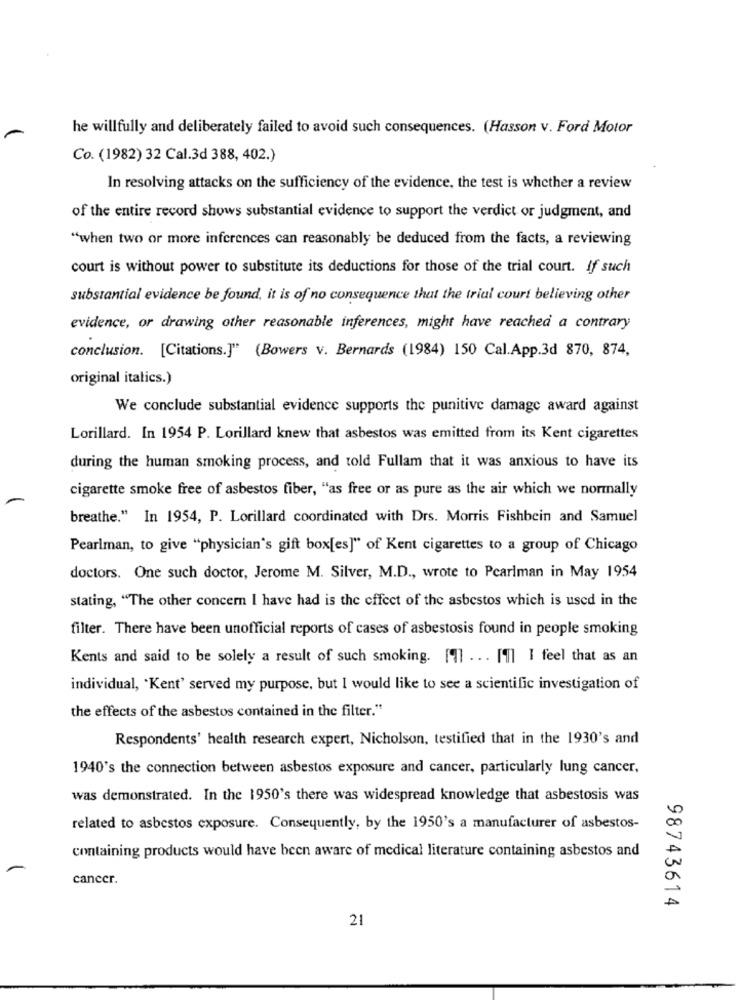
he willfully and deliberately failed to avoid such consequences. (Hasson v. Ford Motor
Co. (1982) 32 Cal.3d 388, 402.)
In resolving attacks on the sufficiency of the evidence, the test is whether a review
of the entire record shows substantial evidence to support the verdict or judgment, and
"when two or more inferences can reasonably be deduced from the facts, a reviewing
court is without power to substitute its deductions for those of the trial court. If such
substantial evidence be found, it is of no consequence that the trial court believing other
evidence, or drawing other reasonable inferences, might have reached a contrary
conclusion. [Citations.]" (Bowers v. Bernards (1984) 150 Cal.App.3d 870, 874,
original italics.)
We conclude substantial evidence supports the punitive damage award against
Lorillard. In 1954 P. Lorillard knew that asbestos was emitted from its Kent cigarettes
during the human smoking process, and told Fullam that it was anxious to have its
cigarette smoke free of asbestos fiber, "as free or as pure as the air which we normally
breathe." In 1954, P. Lorillard coordinated with Drs. Morris Fishbein and Samuel
Pearlman, to give "physician's gift box[es]" of Kent cigarettes to a group of Chicago
doctors. One such doctor, Jerome M. Silver, M.D ., wrote to Pearlman in May 1954
stating, "The other concern I have had is the effect of the asbestos which is used in the
filter. There have been unofficial reports of cases of asbestosis found in people smoking
Kents and said to be solely a result of such smoking. Il . . . I'll I feel that as an
individual, "Kent' served my purpose, but I would like to see a scientific investigation of
the effects of the asbestos contained in the filter."
Respondents' health research expert, Nicholson, testified that in the 1930's and
1940's the connection between asbestos exposure and cancer, particularly lung cancer.
was demonstrated. In the 1950's there was widespread knowledge that asbestosis was
related to asbestos exposure. Consequently, by the 1950's a manufacturer of asbestos-
containing products would have been aware of medical literature containing asbestos and
cancer.
98743614
21